Annual report of the Punjab Veterinary College and of the Civil Veterinary Department, Punjab - 1926-1932
Year: 1926
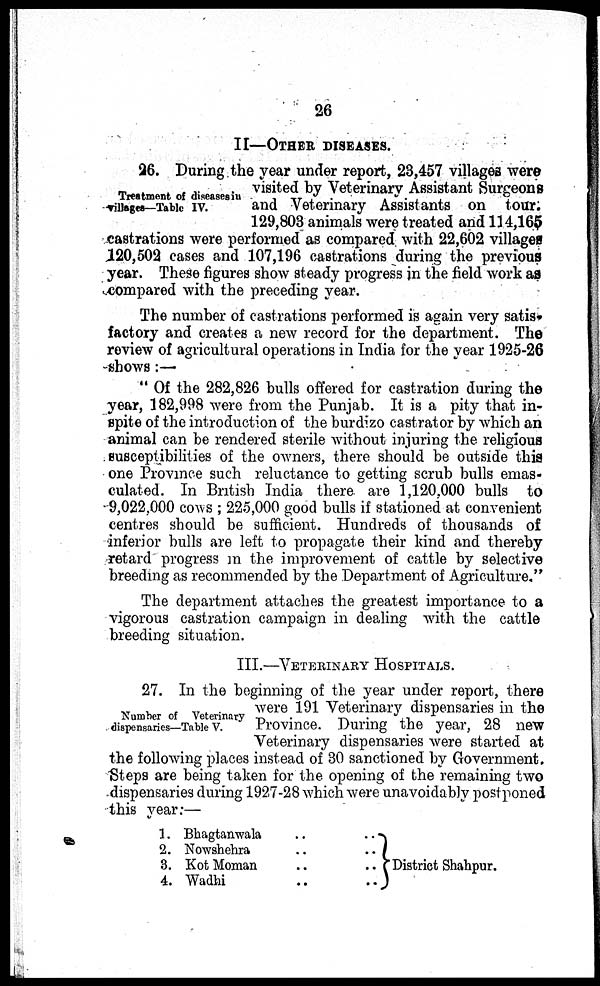
26
II- OTHER DISEASES.
Treatment of diseases in
villages—Table IV.
26. During the year under report, 23,457 villages were
visited by Veterinary Assistant Surgeons
and Veterinary Assistants on tour.
129,803 animals were treated and 114,165
castrations were performed as compared with 22,602 villages
120,502 cases and 107,196 castrations during the previous
year. These figures show steady progress in the field work as
compared with the preceding year.
The number of castrations performed is again very satis-
factory and creates a new record for the department. The
review of agricultural operations in India for the year 1925-26
shows:—
"Of the 282,826 bulls offered for castration during the
year, 182,998 were from the Punjab. It is a pity that in-
spite of the introduction of the burdizo castrator by which an
animal can be rendered sterile without injuring the religious
susceptibilities of the owners, there should be outside this
one Province such reluctance to getting scrub bulls emas-
culated. In British India there are 1,120,000 bulls to
9,022,000 cows; 225,000 good bulls if stationed at convenient
centres should be sufficient. Hundreds of thousands of
inferior bulls are left to propagate their kind and thereby
retard progress in the improvement of cattle by selective
breeding as recommended by the Department of Agriculture."
The department attaches the greatest importance to a
vigorous castration campaign in dealing with the cattle
breeding situation.
III.—VETERINARY HOSPITALS.
Number of Veterinary
dispensaries—Table V.
27. In the beginning of the year under report, there
were 191 Veterinary dispensaries in the
Province. During the year, 28 new
Veterinary dispensaries were started at
the following places instead of 30 sanctioned by Government.
Steps are being taken for the opening of the remaining two
dispensaries during 1927-28 which were unavoidably postponed
this year:—
1.
2.
3.
4.
Bhagtanwala .. ..
Nowshehra .. ..
Kot Moman .. ..
Wadhi .. ..
District Shahpur.